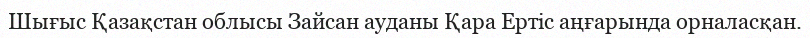
Шығыс Қазақстан облысы Зайсан ауданы Қара Ертіс аңғарында орналасқан.